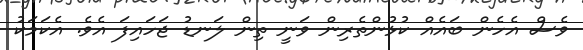
ވެސް އެހެން ބައެއް ކުޅުންތެރިން ވަނީ ތިން ލަނޑު ޖަހައިފަ އެވެ. އެކަމަކު